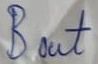
Text: Bout